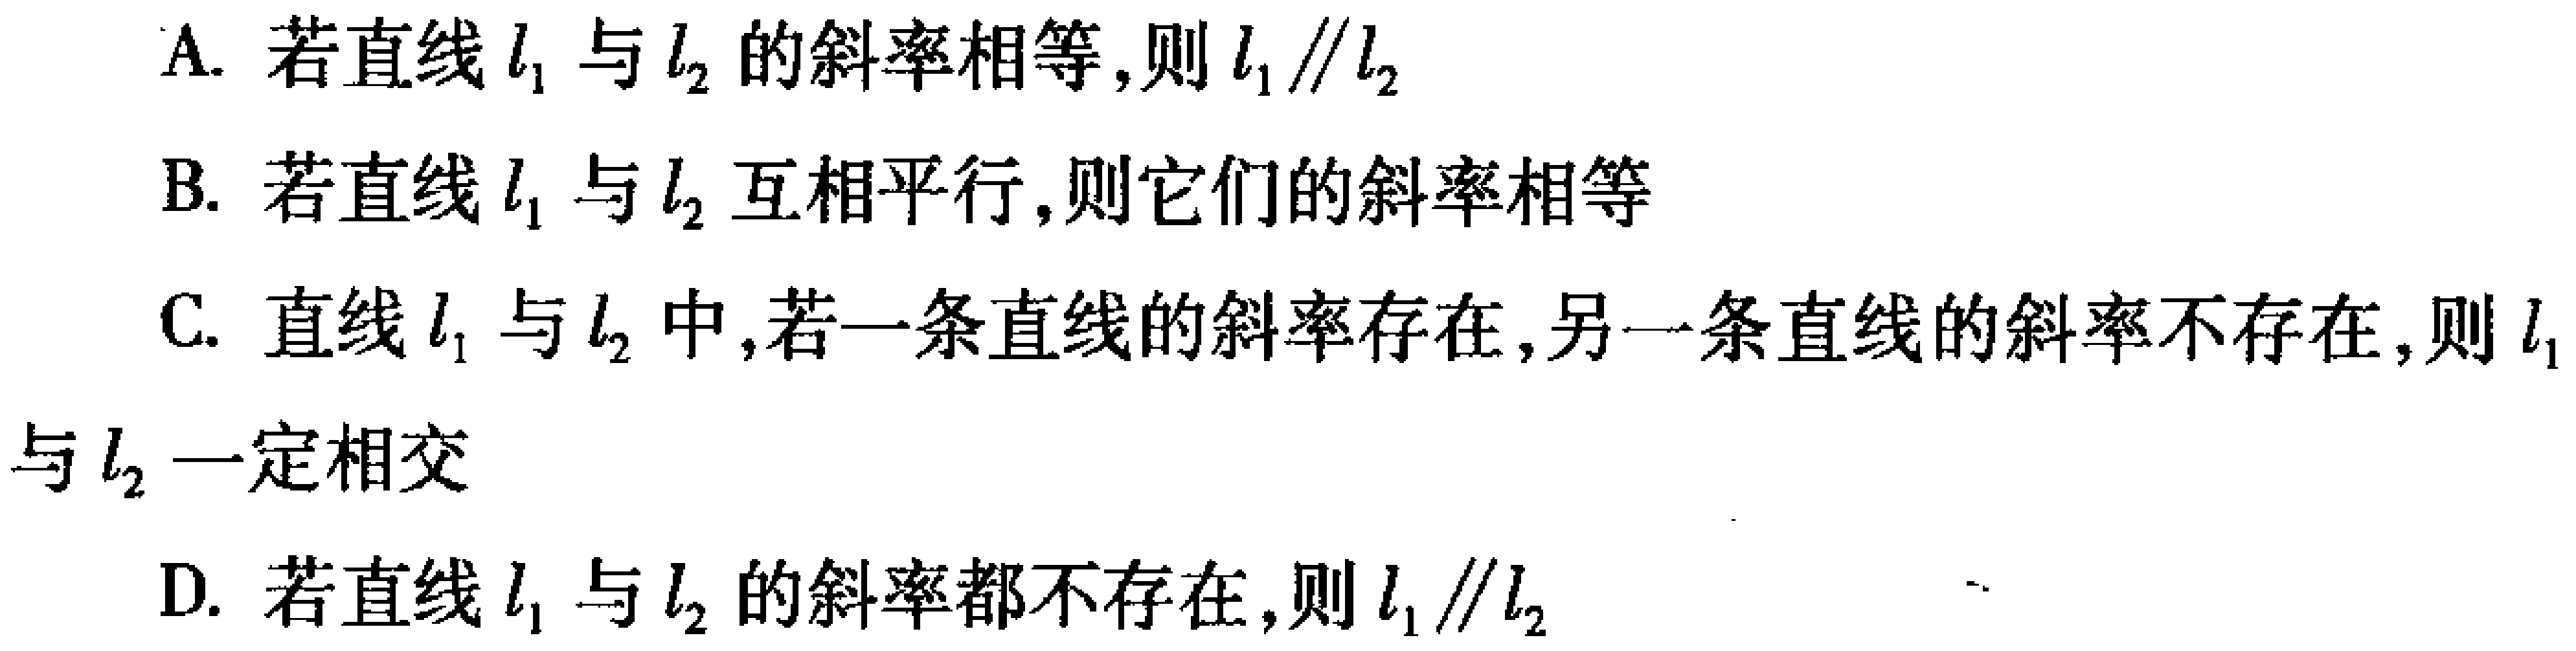
A. 若直线\(l_{1}\)与\(l_{2}\)的斜率相等，则\(l_{1}\parallel l_{2}\)
B. 若直线\(l_{1}\)与\(l_{2}\)互相平行，则它们的斜率相等
C. 直线\(l_{1}\)与\(l_{2}\)中，若一条直线的斜率存在，另一条直线的斜率不存在，则\(l_{1}\)与\(l_{2}\)一定相交
D. 若直线\(l_{1}\)与\(l_{2}\)的斜率都不存在，则\(l_{1}\parallel l_{2}\)